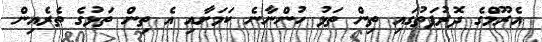
އެރޫމްގެ ދޮރުފަތުގައި ތިން ތަޅު ހުންނާނެ ކަމަށާއި އެ ތިން ތަޅުގެ ތެރެއިން